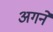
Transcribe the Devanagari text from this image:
अगने